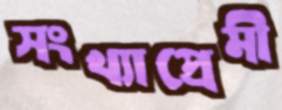
সংখ্যাপ্রেমী